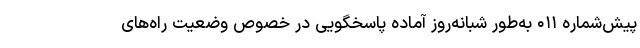
پیش‌شماره ۰۱۱ به‌طور شبانه‌روز آماده پاسخگویی در خصوص وضعیت راه‌های